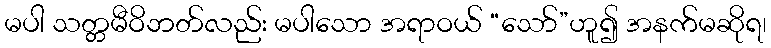
မပါ သတ္တမီဝိဘတ်လည်း မပါသော အရာဝယ် “သော်”ဟူ၍ အနက်မဆိုရ၊